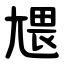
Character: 㞇